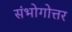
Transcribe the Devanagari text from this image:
संभोगोत्तर